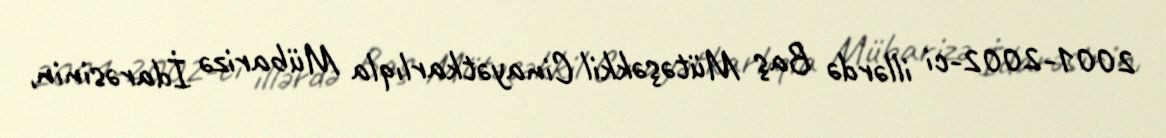
2001-2002-ci illərdə Baş Mütəşəkkil Cinayətkarlıqla Mübarizə İdarəsinin,